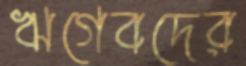
ঋগেবদের